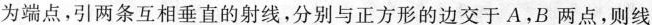
为端点,引两条互相垂直的射线，分别与正方形的边交于AB点，则线